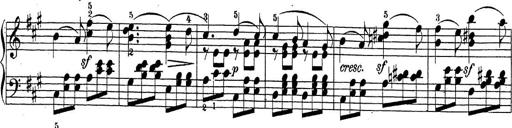
Title: Sonatina Album
Composer: Louis KÃ¶hler